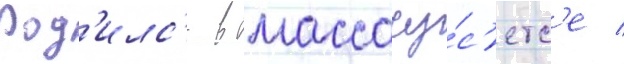
Род'илс'я в массачу́с'етс'е /